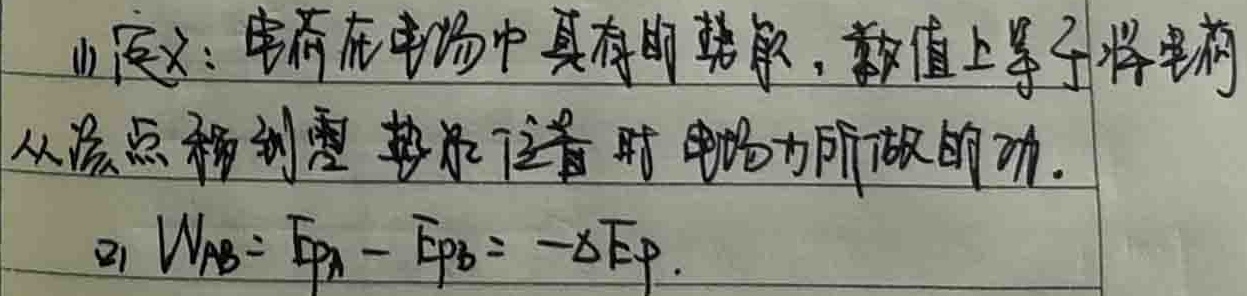
(1)定义：电荷在电场中具有的势能，数值上等于将电荷
从该点移到零势能位置时电场力所做的功.
(2) $W_{AB}= E_{pA}-E_{pB}=-\Delta E_{p}$.